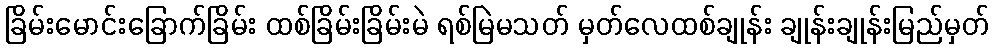
ခြိမ်းမောင်းခြောက်ခြိမ်း ထစ်ခြိမ်းခြိမ်းမဲ ရစ်မြဲမသတ် မှတ်လေထစ်ချုန်း ချုန်းချုန်းမြည်မှတ်